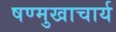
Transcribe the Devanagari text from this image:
षण्मुखाचार्य